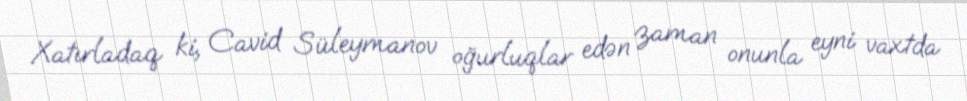
Xatırladaq ki, Cavid Süleymanov oğurluqlar edən zaman onunla eyni vaxtda